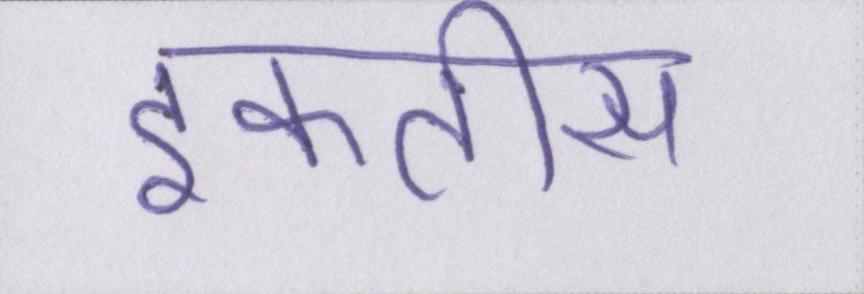
इकतीस